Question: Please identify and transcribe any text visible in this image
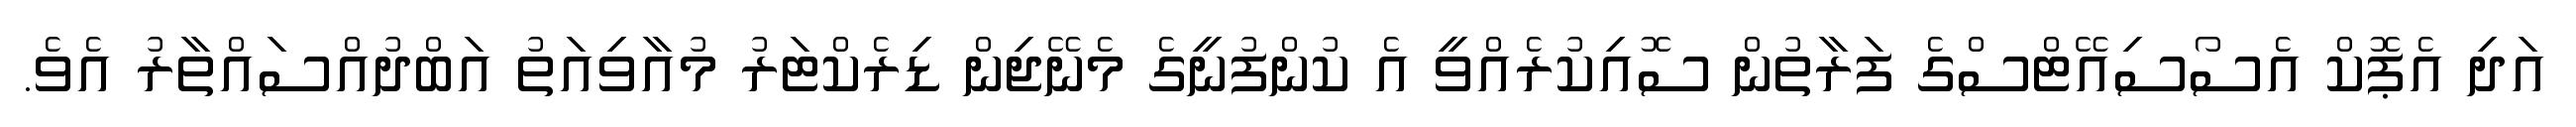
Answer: އަދި އެޕޮކް އެސޯސިއޭޓްސްގެ ފަރާތުން ސޮއިކުރެއްވީ އެ ކުންފުނީގެ މެނޭޖިން ޑިރެކްޓަރު މުއާވިއަތު އަބްދުއްސައްތާރު އެވެ.